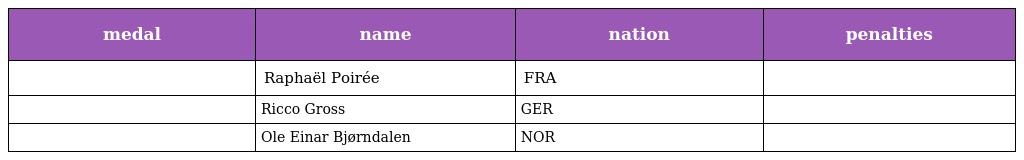
| medal | name | nation | penalties |
 | --- | --- | --- | --- |
 |  | Raphaël Poirée | FRA |  |
 |  | Ricco Gross | GER |  |
 |  | Ole Einar Bjørndalen | NOR |  |